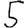
Digit: 5